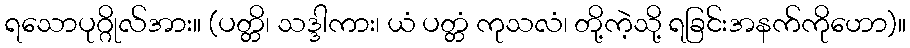
ရသောပုဂ္ဂိုလ်အား။ (ပတ္တိ၊ သဒ္ဒါကား၊ ယံ ပတ္တံ ကုသလံ၊ တို့ကဲ့သို့ ရခြင်းအနက်ကိုဟော)။